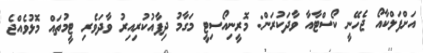
އަށްފަލްކާއޯ ޖެހޭނީ ކޯސްޓާއާ ވާދަކުރަން: މޮރީނިއޯސިޓީ މަގާމު ދިފާއުކުރިއިރު ވާދަވެރި ޓީމުތައް މޮޅުވެއްޖެ